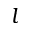
l